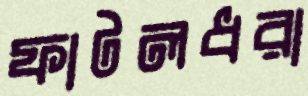
ফাটলধরা